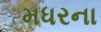
મધરના